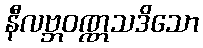
နီလဗ္ဘဝဏ္ဏသဒိသော